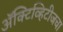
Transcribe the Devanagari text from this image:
ॲक्टिव्हिटीजचा